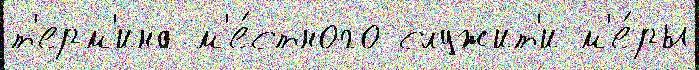
т'ерм'ина м'е́стного служит'и м'е́ры